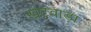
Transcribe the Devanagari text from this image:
खटवाड़ा